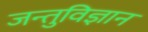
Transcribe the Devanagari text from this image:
जन्तुविज्ञान